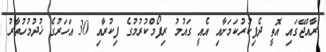
ރާއްޖޭގައި އޮތީ ދެފިކުރުކަމަށާއި އެއީ ގައުމު ރިފޯމްކުރުމުގެ ފިކުރާއި 30 އަހަރުގެ ޚުދުމުހުތާރު